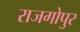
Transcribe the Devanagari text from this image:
राजगोपुर